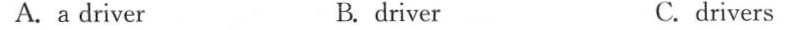
A.a driver B. driver C. drivers